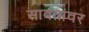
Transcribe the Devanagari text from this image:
सावंतांवर